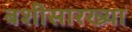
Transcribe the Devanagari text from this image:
बशीसारख्या